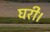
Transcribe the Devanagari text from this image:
घरी।